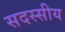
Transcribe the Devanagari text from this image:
सदस्सीय